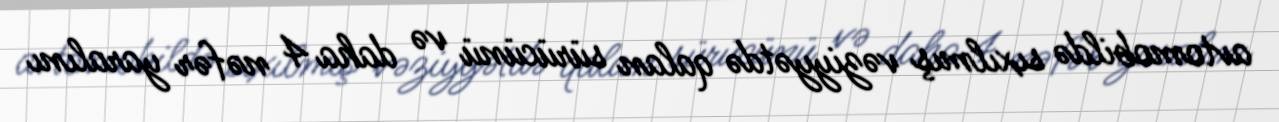
avtomobildə sıxılmış vəziyyətdə qalan sürücünü və daha 4 nəfər yaralını